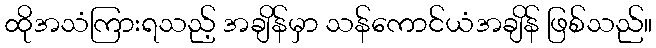
ထိုအသံကြားရသည့် အချိန်မှာ သန်ကောင်ယံအချိန် ဖြစ်သည်။